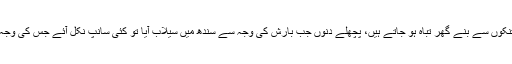
نتیجہ ایک ہی نکلتا ہے جو کہ ہے غذا کی کمی، لوگوں کے تنکوں سے بنے گھر تباہ ہو جاتے ہیں، پچھلے دنوں جب بارش کی وجہ سے سندھ میں سیلاب آیا تو کئی سانپ نکل آئے جس کی وجہ سے 150لوگوں کو سانپوں نے ڈھسا اور کئی وفات پا گئے۔